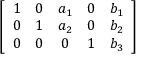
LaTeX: \left[ { \begin{array} { c c c c c } { 1 } & { 0 } & { a _ { 1 } } & { 0 } & { b _ { 1 } } \\ { 0 } & { 1 } & { a _ { 2 } } & { 0 } & { b _ { 2 } } \\ { 0 } & { 0 } & { 0 } & { 1 } & { b _ { 3 } } \end{array} } \right]